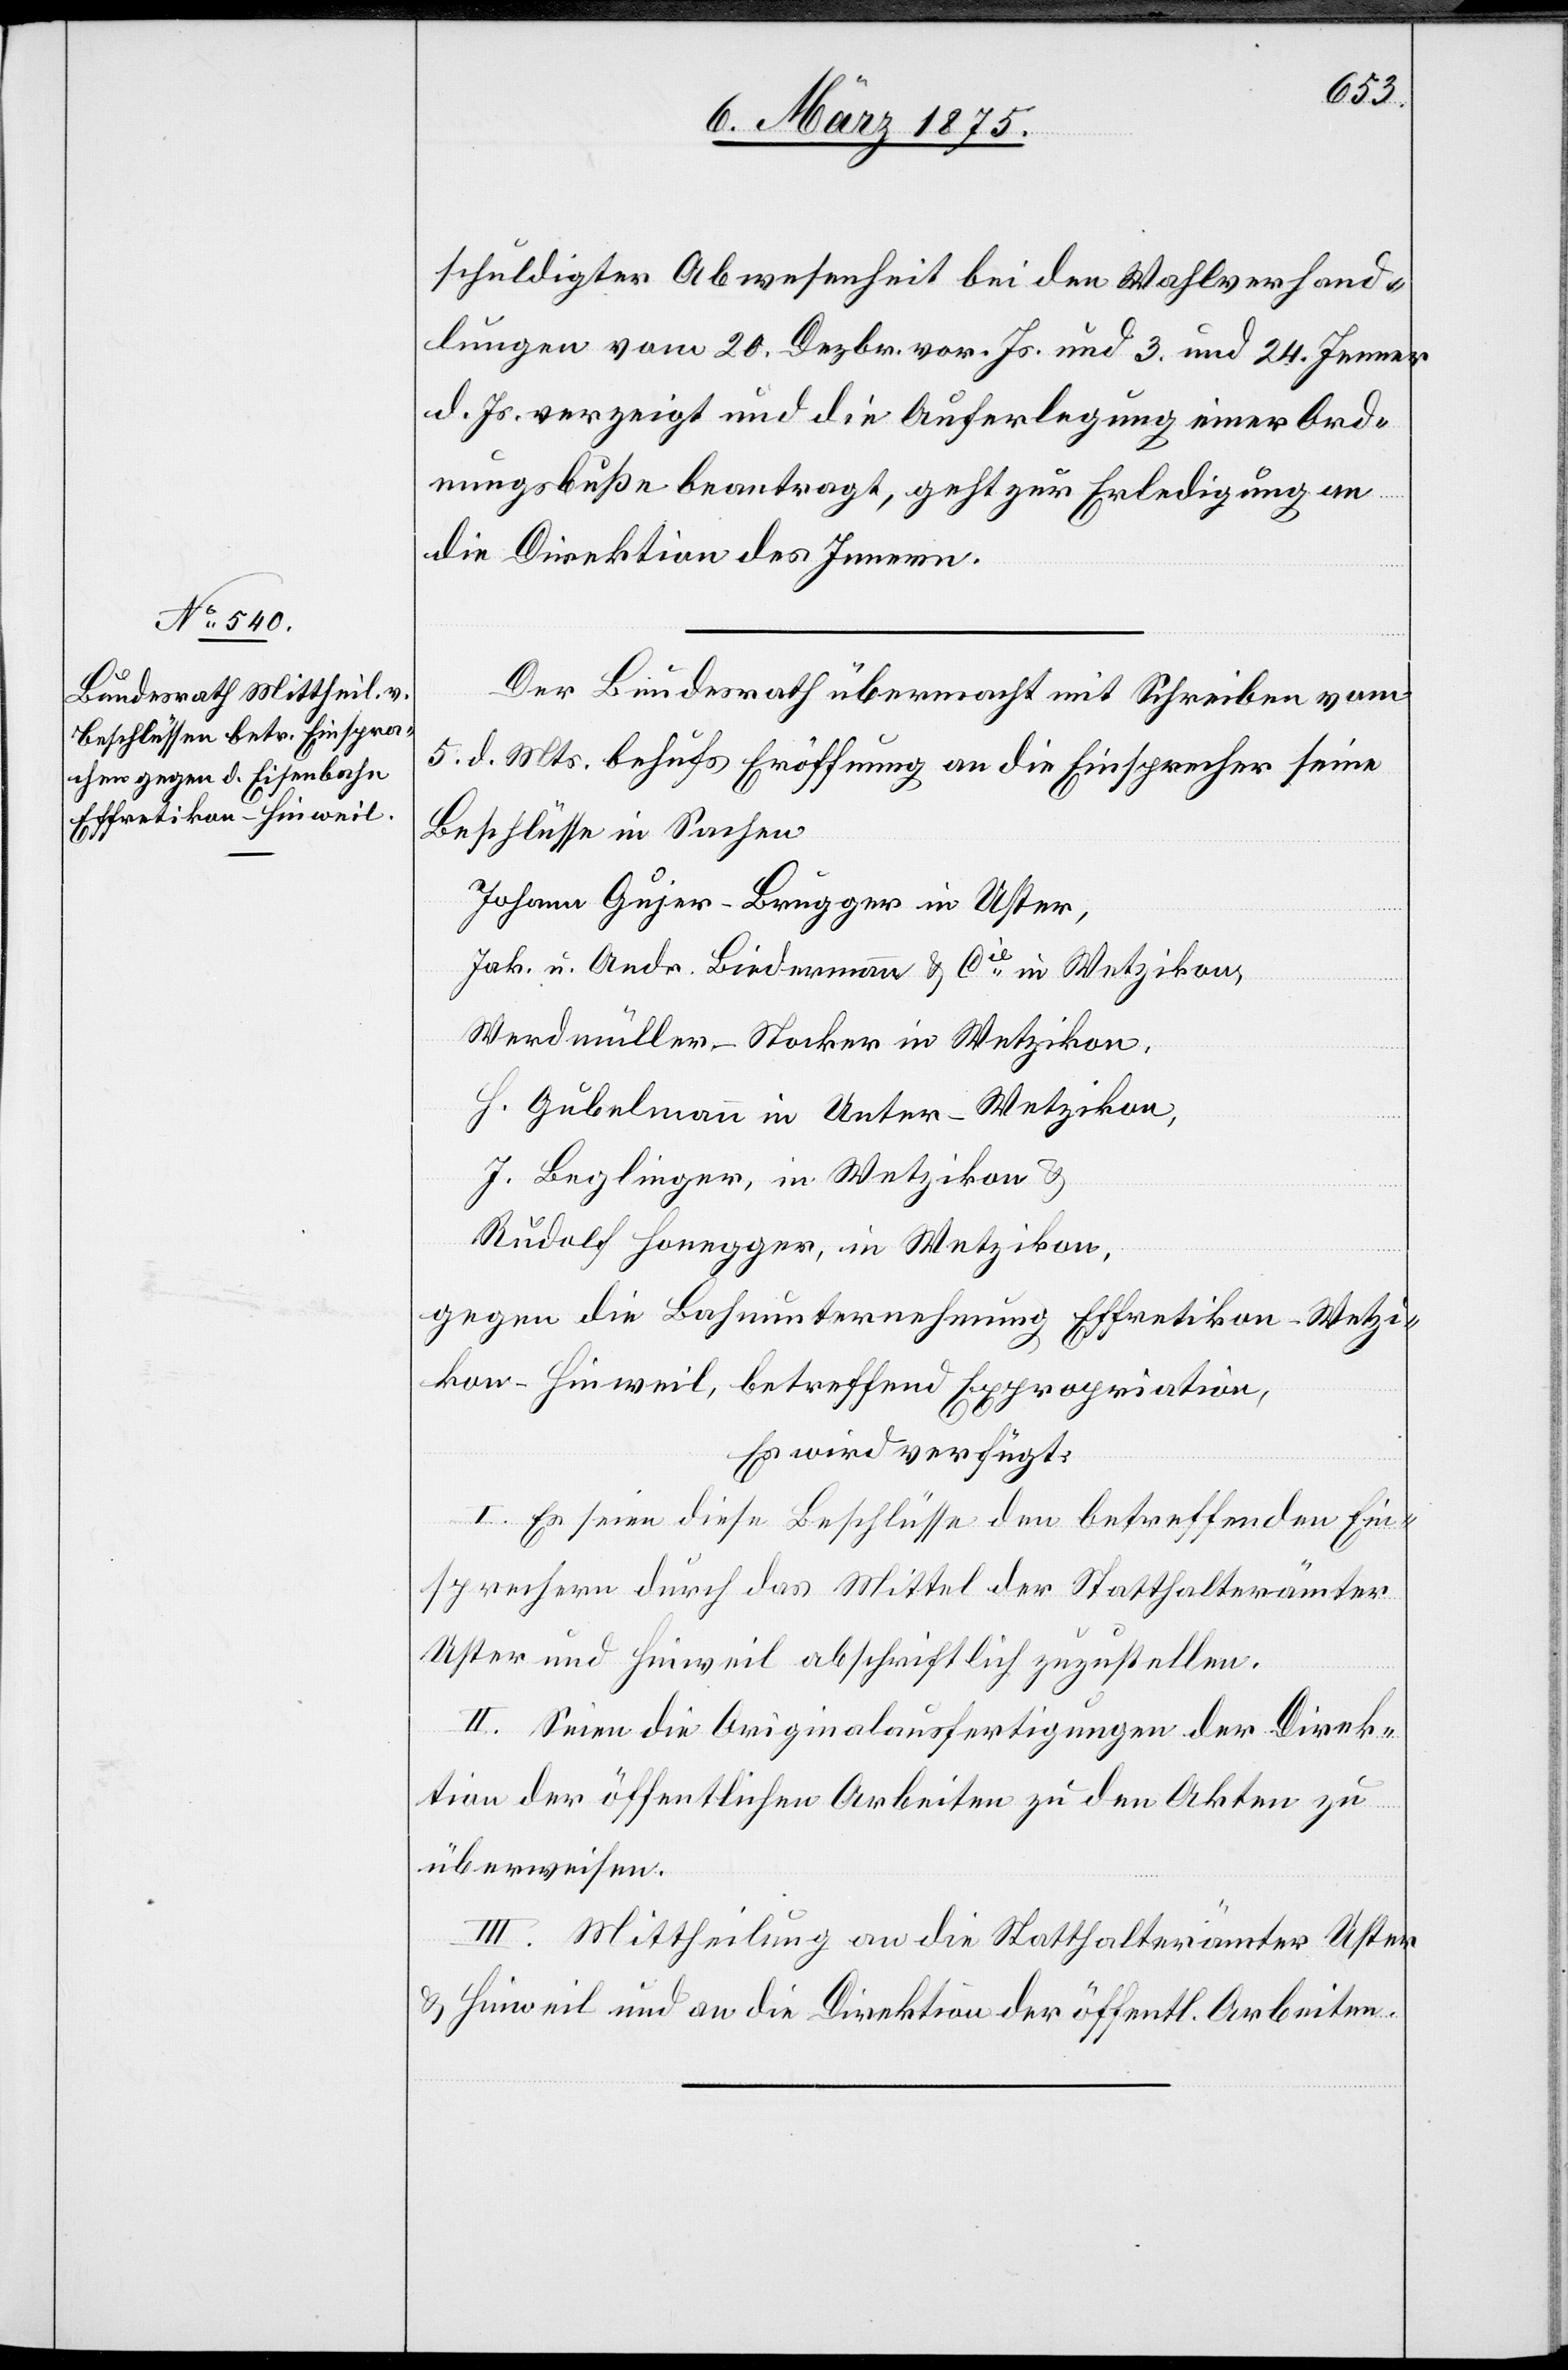
6. März 1875.]
schuldigter Abwesenheit bei den Wahlverhand¬
lungen vom 20. Dezbr. vor. Js. und 3. und 24. Jenner
d. Js. verzeigt und die Auferlegung einer Ord¬
nungsbuße beantragt, geht zur Erledigung an
die Direktion des Innern.
Der Bundesrath übermacht mit Schreiben vom
5. d. Mts. behufs Eröffnung an die Einsprecher seine
Beschlüsse in Sachen
Johann Gujer-Brügger in Uster,
Jak. u. Andr. Biedermann & Cie in Wetzikon,
Werdmüller-Stocker in Wetzikon,
H. Gubelmann in Unter-Wetzikon,
J. Leglinger, in Wetzikon &
Rudolf Hunger, in Wetzikon,
gegen die Bauunternehmung Effretikon–Wetzi¬
kon–Hinweil, betreffend Expropriation,
Es wird verfügt:
I. Es seien diese Beschlüsse den betreffenden Ein¬
sprechern durch das Mittel der Statthalterämter
Uster und Hinweil abschriftlich zuzustellen.
II. Seien die Originalausfertigungen der Direk¬
tion der öffentlichen Arbeiten zu den Akten zu
überweisen.
III. Mittheilung an die Statthalterämter Uster
& Hinweil und an die Direktion der öffentlichen Arbeiten.